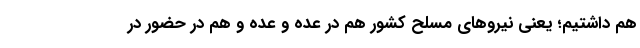
هم داشتیم؛ یعنی نیروهای مسلح کشور هم در عِده و عُده و هم در حضور در